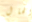
الحال